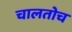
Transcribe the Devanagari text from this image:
चालतोच